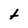
Character: t